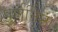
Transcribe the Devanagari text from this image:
पूर्णनिष्ठा